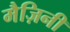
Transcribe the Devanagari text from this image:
मैज़िनी